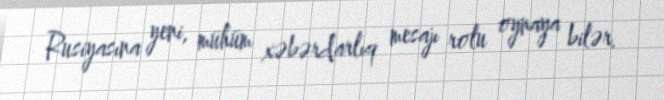
Rusiyasına yeni, mühüm xəbərdarlıq mesajı rolu oynaya bilər.